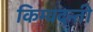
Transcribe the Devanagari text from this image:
किम्वदन्ती